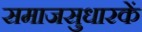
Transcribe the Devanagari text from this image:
समाजसुधारकें